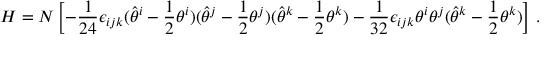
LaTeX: H = N \left[ - \frac { 1 } { 2 4 } \epsilon _ { i j k } ( \hat { \theta } ^ { i } - \frac { 1 } { 2 } \theta ^ { i } ) ( \hat { \theta } ^ { j } - \frac { 1 } { 2 } \theta ^ { j } ) ( \hat { \theta } ^ { k } - \frac { 1 } { 2 } \theta ^ { k } ) - \frac { 1 } { 3 2 } \epsilon _ { i j k } \theta ^ { i } \theta ^ { j } ( \hat { \theta } ^ { k } - \frac { 1 } { 2 } \theta ^ { k } ) \right] \, .